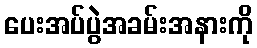
ပေးအပ်ပွဲအခမ်းအနားကို